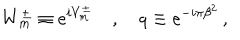
W _ { m } ^ { \pm } \equiv e ^ { i V _ { m } ^ { \pm } } \quad , \quad q \equiv e ^ { - i \pi \beta ^ { 2 } } \, ,